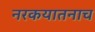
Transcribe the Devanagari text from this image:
नरकयातनाच